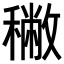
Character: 𥢭